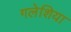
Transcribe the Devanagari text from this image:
गलेशिया